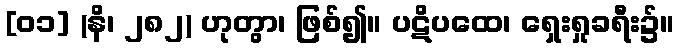
[၀၁] (နိ၊ ၂၈၂) ဟုတွာ၊ ဖြစ်၍။ ပဋိပထေ၊ ရှေးရှုခရီး၌။